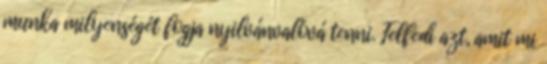
munka milyenségét fogja nyilvánvalóvá tenni. Felfedi azt, amit mi